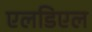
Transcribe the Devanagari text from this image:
एलडिएल